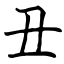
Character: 丑